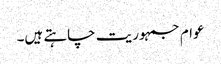
عوام جمہوریت چاہتے ہیں۔